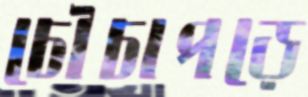
চৌচাপড়ে